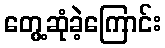
တွေ့ဆုံခဲ့ကြောင်း